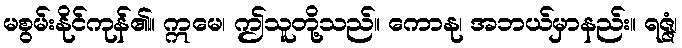
မစွမ်းနိုင်ကုန်၏။ ဣမေ၊ ဤသူတို့သည်။ ကောနု၊ အဘယ်မှာနည်း။ ရဇ္ဇံ၊